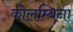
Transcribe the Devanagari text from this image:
कोलम्बिना